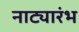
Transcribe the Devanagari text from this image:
नाट्यारंभ